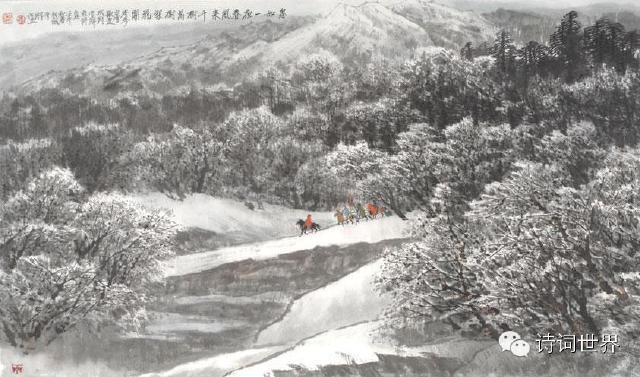
瀚海阑干百丈冰，愁云惨淡万里凝。